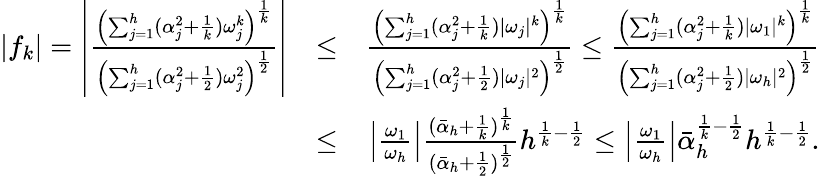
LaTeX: \begin{array}{rlr}{|f_{k}|=\left|\frac{\left(\sum_{j=1}^{h}(\alpha_{j}^{2}+\frac{1}{k})\omega_{j}^{k}\right)^{\frac{1}{k}}}{\left(\sum_{j=1}^{h}(\alpha_{j}^{2}+\frac{1}{2})\omega_{j}^{2}\right)^{\frac{1}{2}}}\right|}&{\leq}&{\frac{\left(\sum_{j=1}^{h}(\alpha_{j}^{2}+\frac{1}{k})|\omega_{j}|^{k}\right)^{\frac{1}{k}}}{\left(\sum_{j=1}^{h}(\alpha_{j}^{2}+\frac{1}{2})|\omega_{j}|^{2}\right)^{\frac{1}{2}}}\leq\frac{\left(\sum_{j=1}^{h}(\alpha_{j}^{2}+\frac{1}{k})|\omega_{1}|^{k}\right)^{\frac{1}{k}}}{\left(\sum_{j=1}^{h}(\alpha_{j}^{2}+\frac{1}{2})|\omega_{h}|^{2}\right)^{\frac{1}{2}}}}\\ &{\leq}&{\left|\frac{\omega_{1}}{\omega_{h}}\right|\frac{(\bar{\alpha}_{h}+\frac{1}{k})^{\frac{1}{k}}}{(\bar{\alpha}_{h}+\frac{1}{2})^{\frac{1}{2}}}h^{\frac{1}{k}-\frac{1}{2}}\leq\left|\frac{\omega_{1}}{\omega_{h}}\right|\bar{\alpha}_{h}^{\frac{1}{k}-\frac{1}{2}}h^{\frac{1}{k}-\frac{1}{2}}.}\end{array}